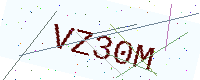
Text: VZ30M